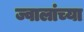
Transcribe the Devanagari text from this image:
ज्वालांच्या